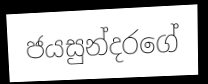
ජයසුන්දරගේ